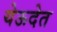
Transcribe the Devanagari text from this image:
येऊदेत